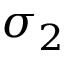
\sigma _ { 2 }